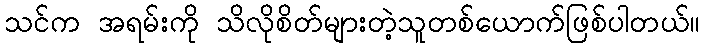
သင်က အရမ်းကို သိလိုစိတ်များတဲ့သူတစ်ယောက်ဖြစ်ပါတယ်။